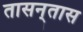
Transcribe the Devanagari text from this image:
तासन्‌तास